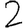
Digit: 2